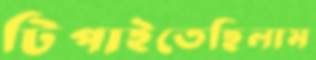
টিপাইতেছিলাম